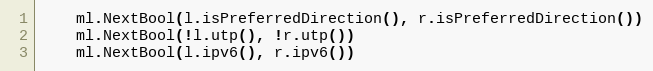
Language: Go
	ml.NextBool(l.isPreferredDirection(), r.isPreferredDirection())
	ml.NextBool(!l.utp(), !r.utp())
	ml.NextBool(l.ipv6(), r.ipv6())